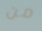
من